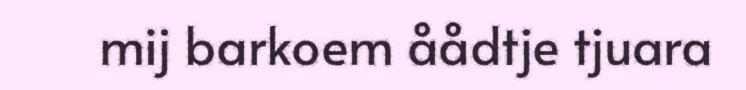
mij barkoem åådtje tjuara